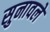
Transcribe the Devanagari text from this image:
सुनावले